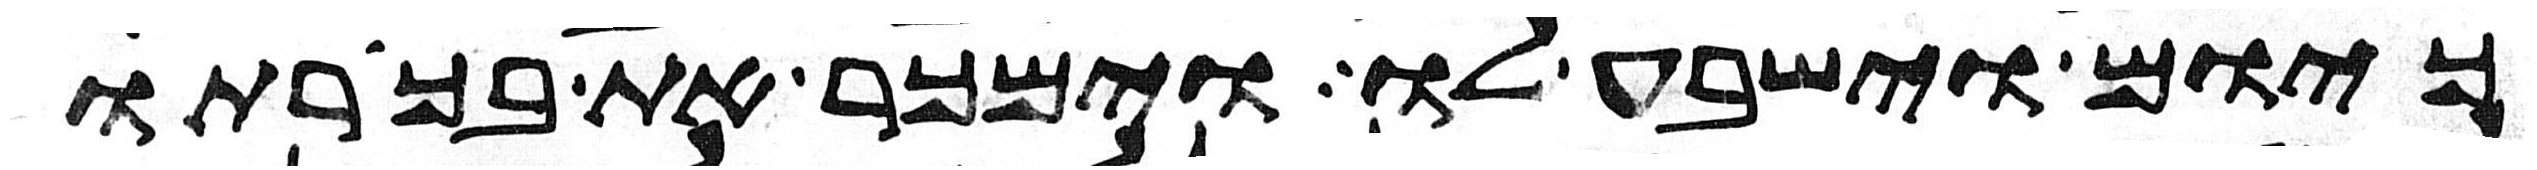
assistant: כיום וישבע לו וימכר את בכורתו